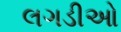
લગડીઓ